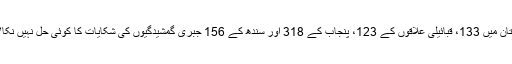
بلوچستان میں 133، قبائیلی علاقوں کے 123، پنجاب کے 318 اور سندھ کے 156 جبری گمشیدگیوں کی شکایات کا کوئی حل نہیں نکالا ہے۔